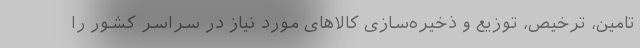
تامین، ترخیص، توزیع و ذخیره‌سازی کالاهای مورد نیاز در سراسر کشور را